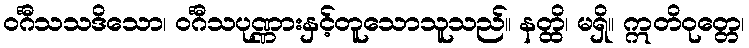
ဝင်္ဂီသသဒိသော၊ ဝင်္ဂီသပုဏ္ဏားနှင့်တူသောသူသည်။ နတ္ထိ၊ မရှိ။ ဣတိဝုတ္တေ၊